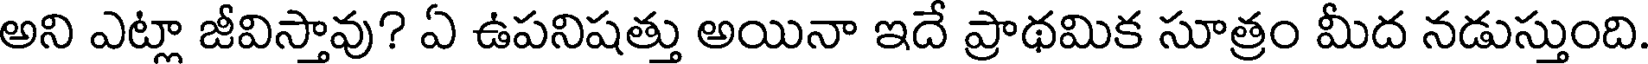
అని ఎట్లా జీవిస్తావు? ఏ ఉపనిషత్తు అయినా ఇదే ప్రాథమిక సూత్రం మీద నడుస్తుంది